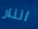
انذار